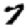
Digit: 7